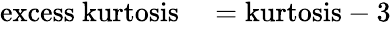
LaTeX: \begin{array}{rl}{{\mathrm{excess~kurtosis}}}&{{}={\mathrm{kurtosis}}-3}\end{array}